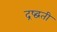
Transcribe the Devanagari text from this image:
द्रष्द्वती